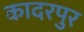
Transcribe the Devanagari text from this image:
कादरपुर